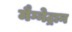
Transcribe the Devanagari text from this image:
मैग्नेट्रान